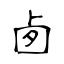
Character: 卥